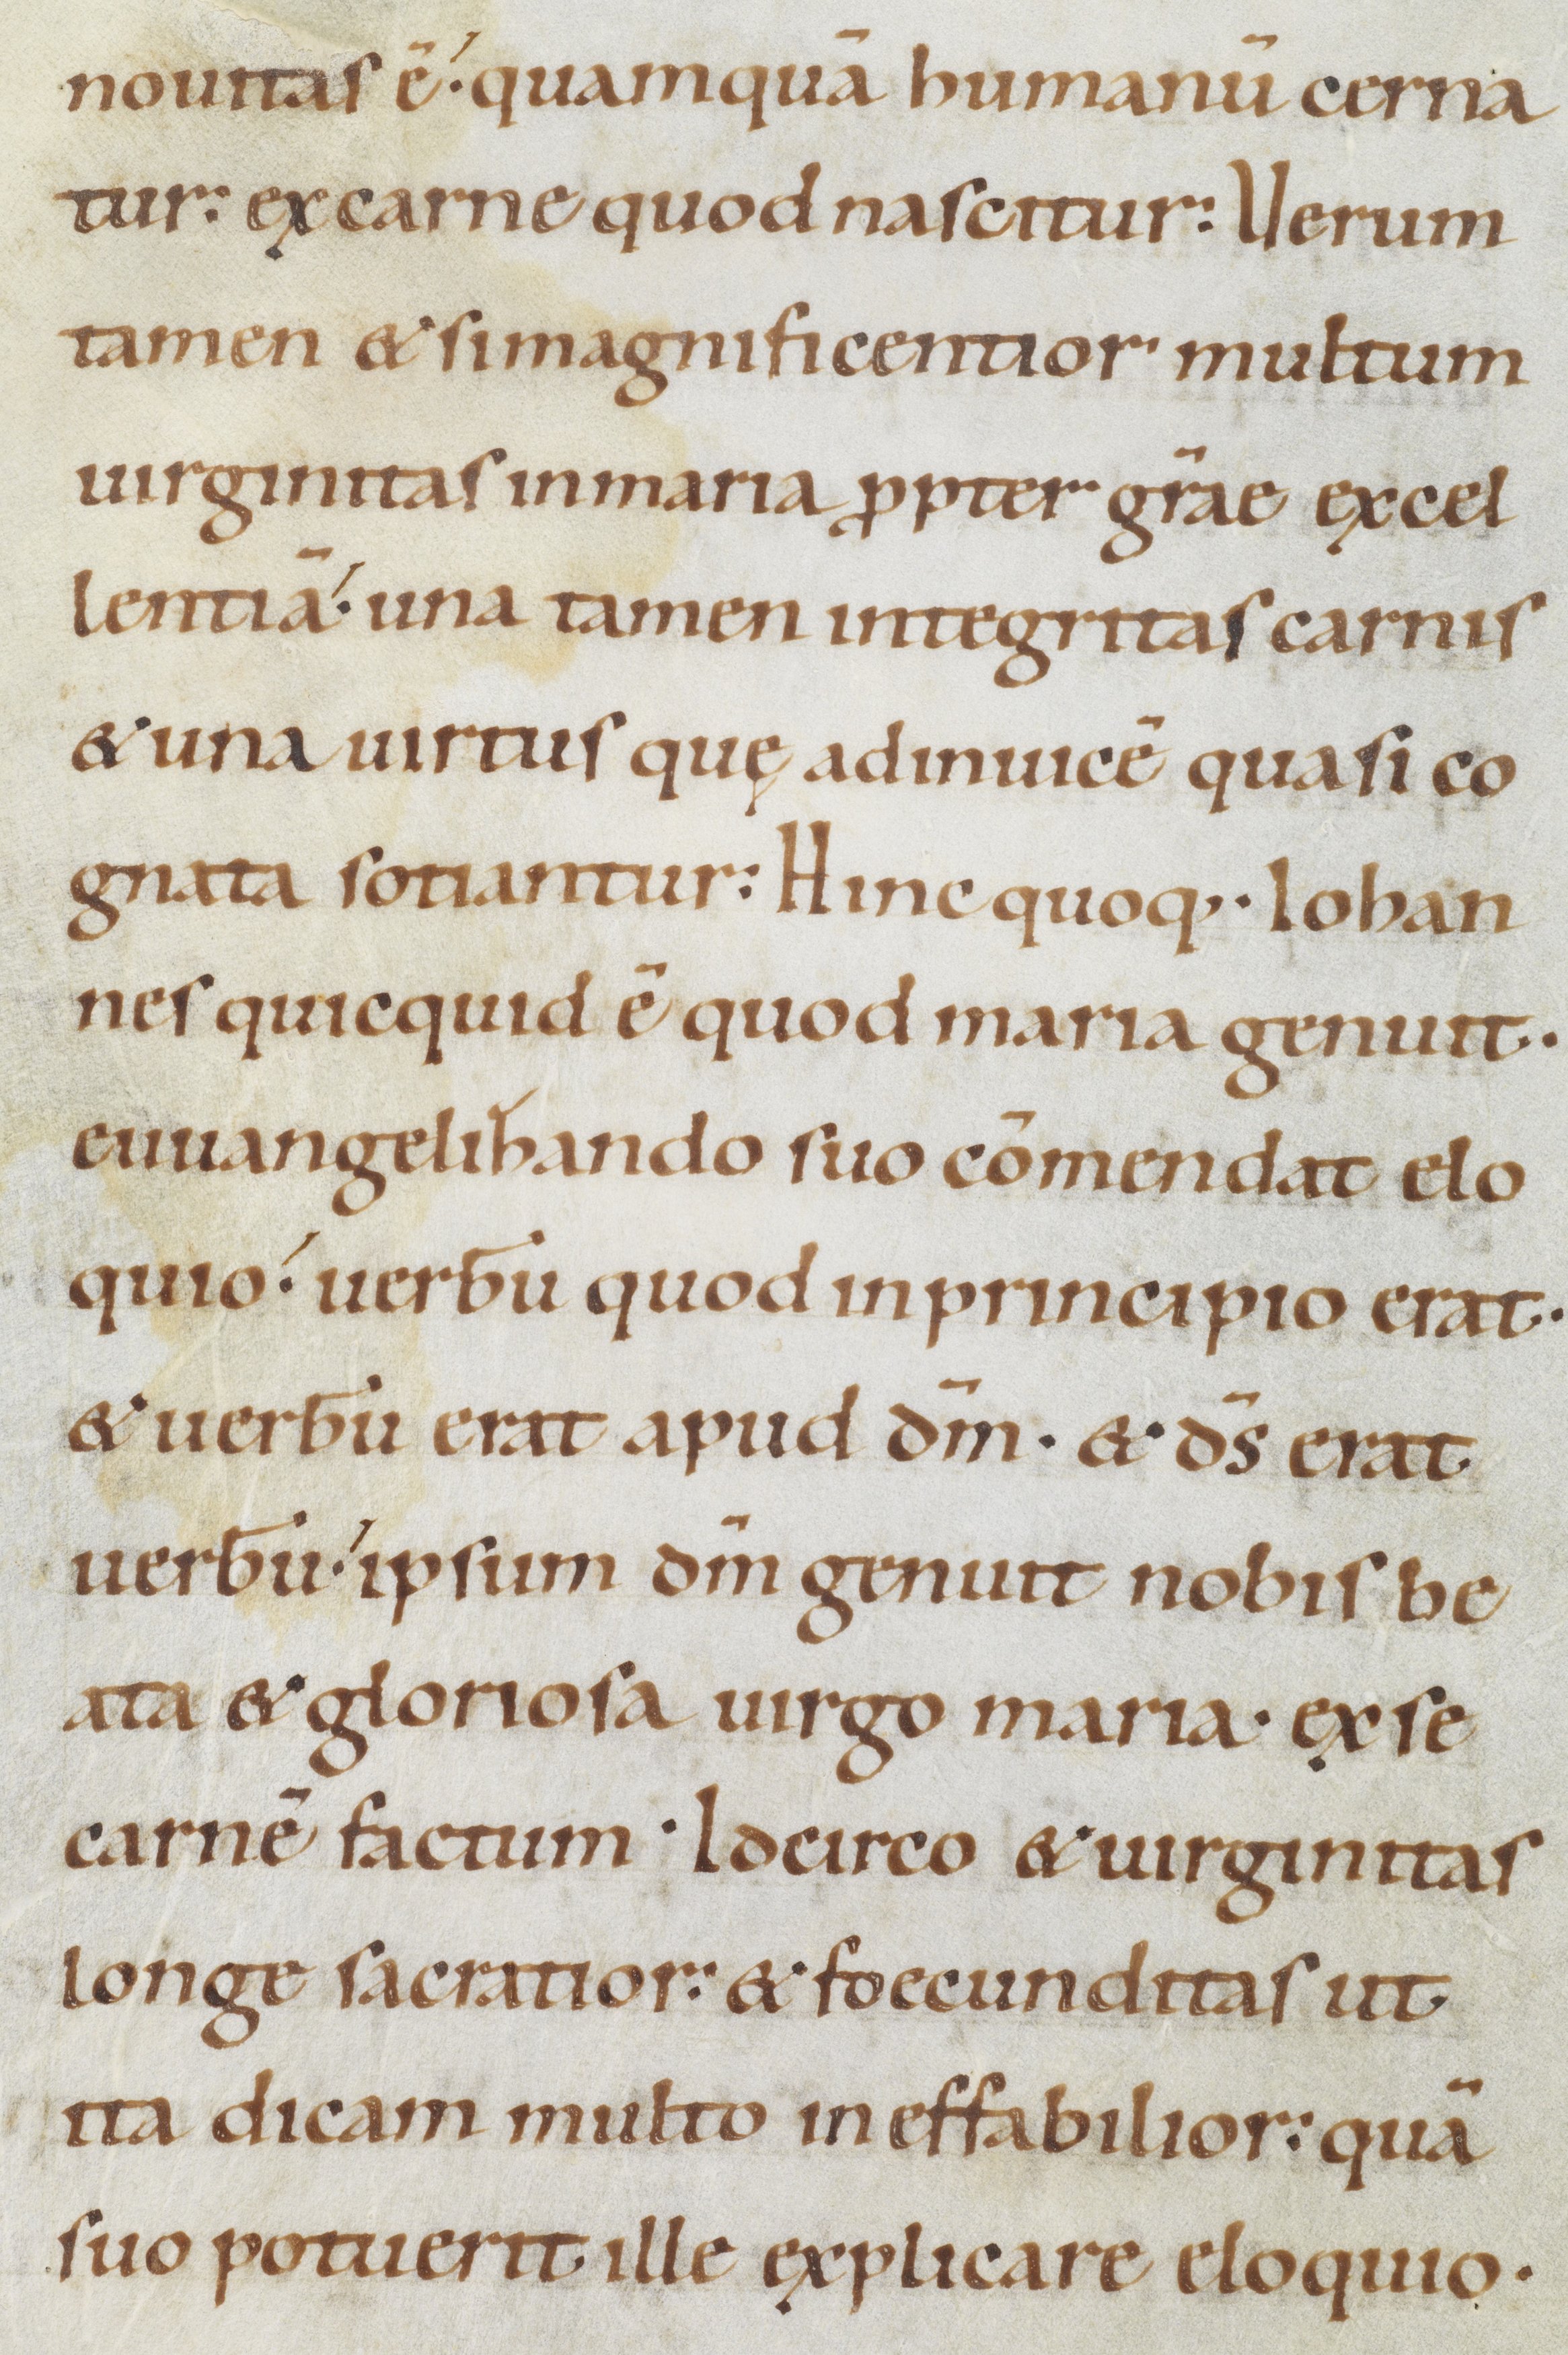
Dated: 1100–1199